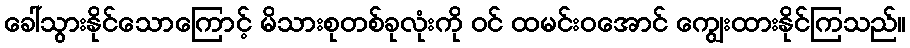
ခေါ်သွားနိုင်သောကြောင့် မိသားစုတစ်ခုလုံးကို ဝင် ထမင်းဝအောင် ကျွေးထားနိုင်ကြသည်။